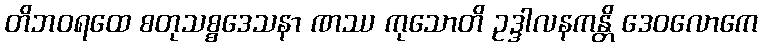
တိဘဝရထေ စတုသစ္စဒေသနာ ဏဿ ကုသောတိ ဥဒ္ဒါလနကန္တိ ဒေဝလောကေ